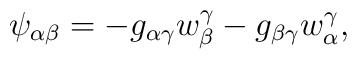
\psi_{\alpha\beta} = - g_{\alpha\gamma}w^{\gamma}_{\beta} - g_{\beta\gamma}  w^{\gamma}_{\alpha},